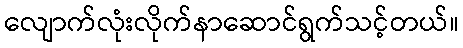
လျောက်လုံးလိုက်နာဆောင်ရွက်သင့်တယ်။